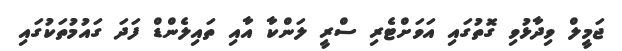
ޖަމީލް ވިދާޅުވި ގޮތުގައި އަވަށްޓެރި ސްރީ ލަންކާ އާއި ތައިލެންޑް ފަދަ ގައުމުތަކުގައި